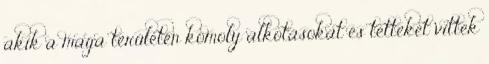
akik a maga területén komoly alkotásokat és tetteket vittek